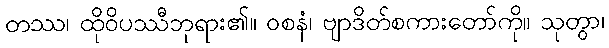
တဿ၊ ထိုဝိပဿီဘုရား၏။ ဝစနံ၊ ဗျာဒိတ်စကားတော်ကို။ သုတွာ၊